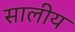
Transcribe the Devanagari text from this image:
सालीय